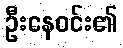
ဦးနေဝင်း၏